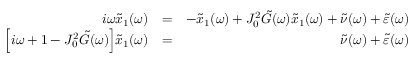
\begin{array} { r l r } { i \omega \tilde { x } _ { 1 } ( \omega ) } & { = } & { - \tilde { x } _ { 1 } ( \omega ) + J _ { 0 } ^ { 2 } \tilde { G } ( \omega ) \tilde { x } _ { 1 } ( \omega ) + \tilde { \nu } ( \omega ) + \tilde { \varepsilon } ( \omega ) } \\ { \Big [ i \omega + 1 - J _ { 0 } ^ { 2 } \tilde { G } ( \omega ) \Big ] \tilde { x } _ { 1 } ( \omega ) } & { = } & { \tilde { \nu } ( \omega ) + \tilde { \varepsilon } ( \omega ) } \end{array}